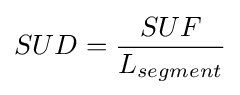
SUD={\dfrac {SUF}{L_{segment}}}